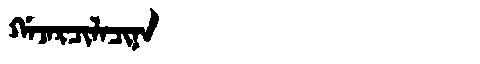
Manchu: ᡤᠠᠵᠠᡵᠴᡳᠯᠠᠴᡳᠨᠠ
Romanization: GAJARCILACINA